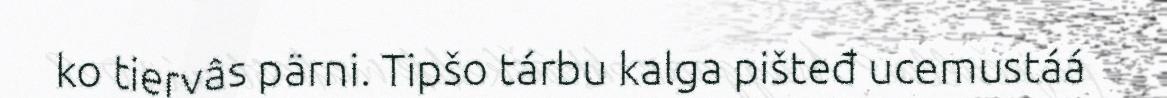
ko tiervâs pärni. Tipšo tárbu kalga pišteđ ucemustáá